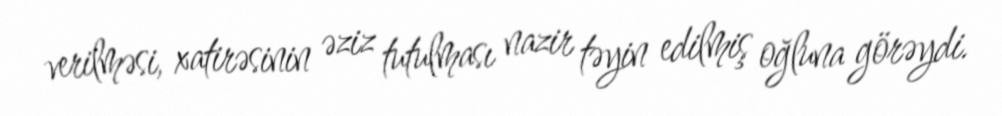
verilməsi, xatirəsinin əziz tutulması nazir təyin edilmiş oğluna görəydi.